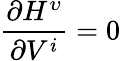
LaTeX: \frac{\partial H^{\upsilon}}{\partial V^{i}}=0